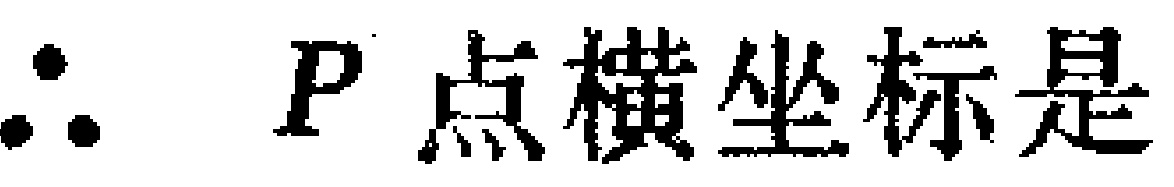
$\therefore\ P\text{ 点横坐标是}$